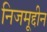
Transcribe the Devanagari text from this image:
निजमूद्दीन